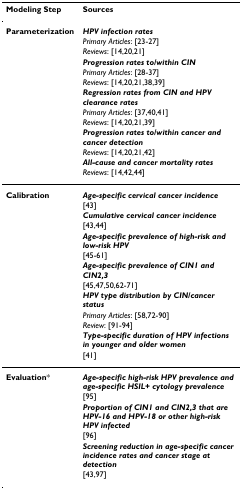
| Modeling Step | Sources |
 | --- | --- |
 | Parameterization | HPV infection rates |
 |  | Primary Articles: [23-27] |
 |  | Reviews: [14,20,21] |
 |  | Progression rates to/within CIN |
 |  | Primary Articles: [28-37] |
 |  | Reviews: [14,20,21,38,39] |
 |  | Regression rates from CIN and HPV clearance rates |
 |  | Primary Articles: [37,40,41] |
 |  | Reviews: [14,20,21,39] |
 |  | Progression rates to/within cancer and cancer detection |
 |  | Reviews: [14,20,21,42] |
 |  | All-cause and cancer mortality rates |
 |  | Reviews: [14,42,44] |
 | Calibration | Age-specific cervical cancer incidence |
 |  | [43] |
 |  | Cumulative cervical cancer incidence |
 |  | [43,44] |
 |  | Age-specific prevalence of high-risk and low-risk HPV |
 |  | [45-61] |
 |  | Age-specific prevalence of CIN1 and CIN2,3 |
 |  | [45,47,50,62-71] |
 |  | HPV type distribution by CIN/cancer status |
 |  | Primary Articles: [58,72-90] |
 |  | Review: [91-94] |
 |  | Type-specific duration of HPV infections in younger and older women |
 |  | [41] |
 | Evaluation* | Age-specific high-risk HPV prevalence and age-specific HSIL+ cytology prevalence |
 |  | [95] |
 |  | Proportion of CIN1 and CIN2,3 that are HPV-16 and HPV-18 or other high-risk HPV infected |
 |  | [96] |
 |  | Screening reduction in age-specific cancer incidence rates and cancer stage at detection |
 |  | [43,97] |